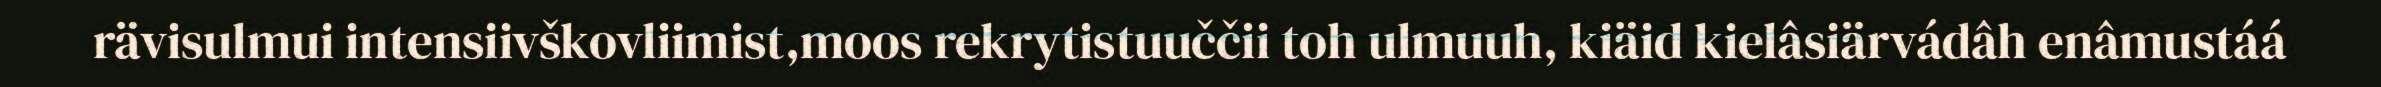
rävisulmui intensiivškovliimist,moos rekrytistuuččii toh ulmuuh, kiäid kielâsiärvádâh enâmustáá